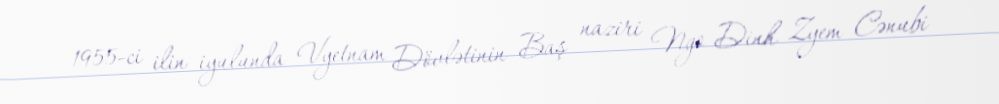
1955-ci ilin iyulunda Vyetnam Dövlətinin Baş naziri Ngo Dinh Zyem Cənubi